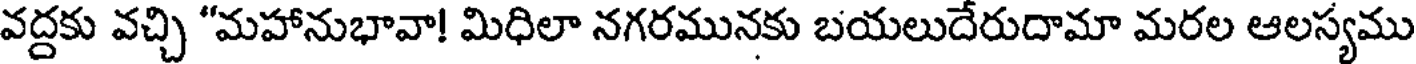
వద్దకు వచ్చి "మహానుభావా! మిధిలా నగరమునకు బయలుదేరుదామా మరల ఆలస్యము